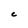
Character: C